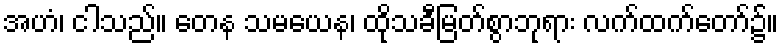
အဟံ၊ ငါသည်။ တေန သမယေန၊ ထိုသခီမြတ်စွာဘုရား လက်ထက်တော်၌။